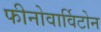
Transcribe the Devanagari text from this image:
फीनोवार्विटोन